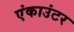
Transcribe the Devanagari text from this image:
एंकाउंटर